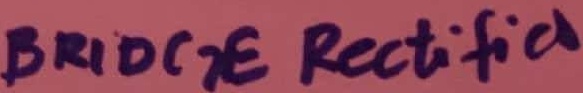
Text: BRIDGE RECTIFIER